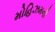
મોહિઝમની